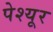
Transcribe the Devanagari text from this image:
पेश्यूर